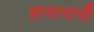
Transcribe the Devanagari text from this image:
हावापानी